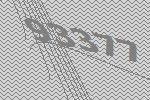
93377